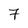
Character: 7